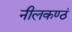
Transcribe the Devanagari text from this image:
नीलकण्ठं